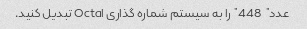
عدد "448" را به سیستم شماره گذاری Octal تبدیل کنید.